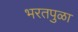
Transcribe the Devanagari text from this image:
भरतपुळा